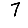
Digit: 7